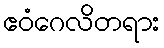
ဧဝံဂေလိတရား